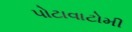
પોટાવાટોમી